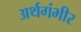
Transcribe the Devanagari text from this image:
अर्थगंभीर